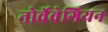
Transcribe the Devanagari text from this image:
नोर्वेवेगियन